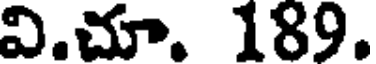
వి.చూ. 189.